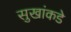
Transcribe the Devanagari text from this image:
सुखांकडे